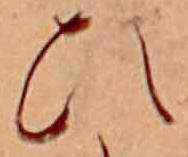
ひ